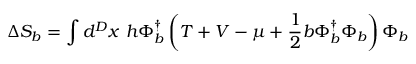
\Delta S _ { b } = \int d ^ { D } x ~ h \Phi _ { b } ^ { \dagger } \left( T + V - \mu + \frac { 1 } { 2 } b \Phi _ { b } ^ { \dagger } \Phi _ { b } \right) \Phi _ { b }